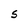
Character: S